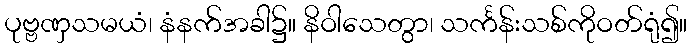
ပုဗ္ဗဏှသမယံ၊ နံနက်အခါ၌။ နိဝါသေတွာ၊ သင်္ကန်းသစ်ကိုဝတ်ရုံ၍။